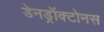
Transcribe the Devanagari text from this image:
डेनड्रॉक्टोनस